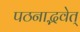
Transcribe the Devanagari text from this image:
पठनाद्भवेत्